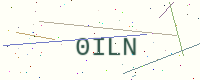
Text: 0ILN